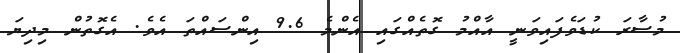
މުސާރަ ކުޑަވެފައިވަނީ އާއްމު ގޮތެއްގައި އެންމެ 9.6 އިންސައްތަ އެވެ. އެގޮތުން މިދިޔަ